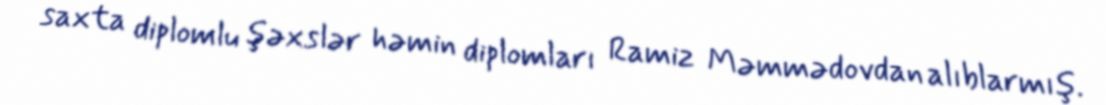
saxta diplomlu şəxslər həmin diplomları Ramiz Məmmədovdan alıblarmış.